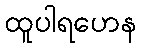
ထူပါရဟေန